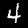
Label: 4